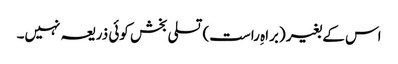
اس کے بغیر (براہِ راست) تسلی بخش کوئی ذریعہ نہیں۔